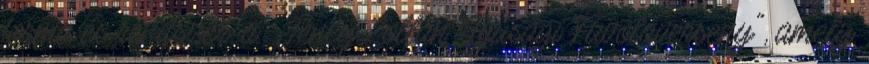
forma és rendszer, a „Jeney Zoltán Ifjúsági Fuvolaverseny", amely